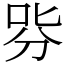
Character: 哛